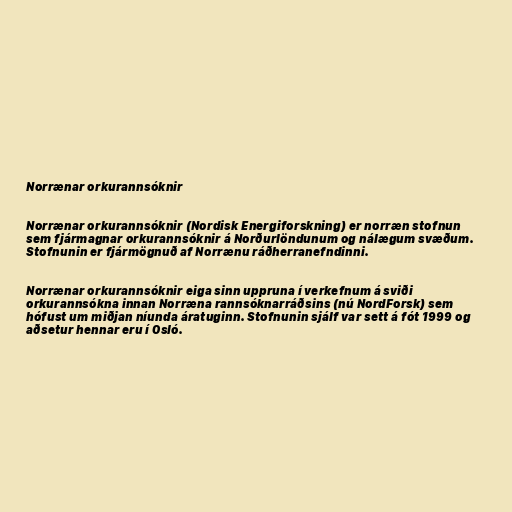
Norrænar orkurannsóknir

Norrænar orkurannsóknir (Nordisk Energiforskning) er norræn stofnun
sem fjármagnar orkurannsóknir á Norðurlöndunum og nálægum svæðum.
Stofnunin er fjármögnuð af Norrænu ráðherranefndinni.

Norrænar orkurannsóknir eiga sinn uppruna í verkefnum á sviði
orkurannsókna innan Norræna rannsóknarráðsins (nú NordForsk) sem
hófust um miðjan níunda áratuginn. Stofnunin sjálf var sett á fót 1999 og
aðsetur hennar eru í Osló.